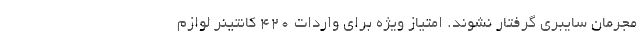
مجرمان سایبری گرفتار نشوند. امتیاز ویژه برای واردات ۴۲۰ کانتینر لوازم